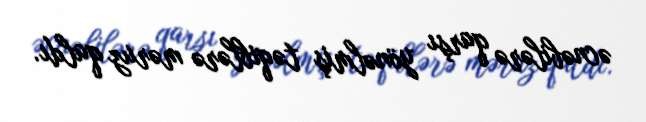
əcnəbilərə qarşı yönəlmiş təqiblərə məruz qaldı.